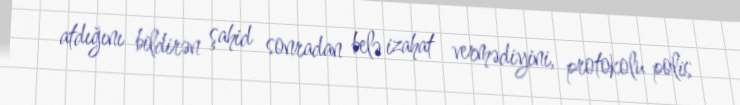
atdığını bildirən şahid sonradan belə izahat vermədiyini, protokolu polis